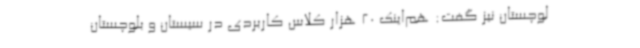
لوچستان نیز گفت: هم‌اینک 20 هزار کلاس کاربردی در سیستان و بلوچستان